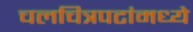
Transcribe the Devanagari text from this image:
चलचित्रपटांमध्ये